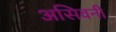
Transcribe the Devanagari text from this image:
असिवनी